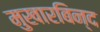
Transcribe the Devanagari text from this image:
मुखारबिन्द